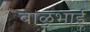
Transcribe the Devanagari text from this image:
बाळुभाई